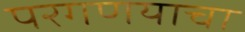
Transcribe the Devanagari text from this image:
परगणयाचा